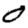
Digit: 0